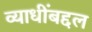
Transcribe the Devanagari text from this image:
व्याधींबद्दल